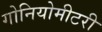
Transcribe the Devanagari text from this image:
गोनियोमीटरी